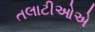
તલાટીઓએ